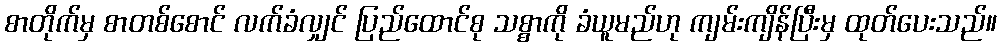
စာတိုက်မှ စာတစ်စောင် လက်ခံလျှင် ပြည်ထောင်စု သစ္စာကို ခံယူမည်ဟု ကျမ်းကျိန်ပြီးမှ ထုတ်ပေးသည်။